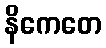
နိကေတေ